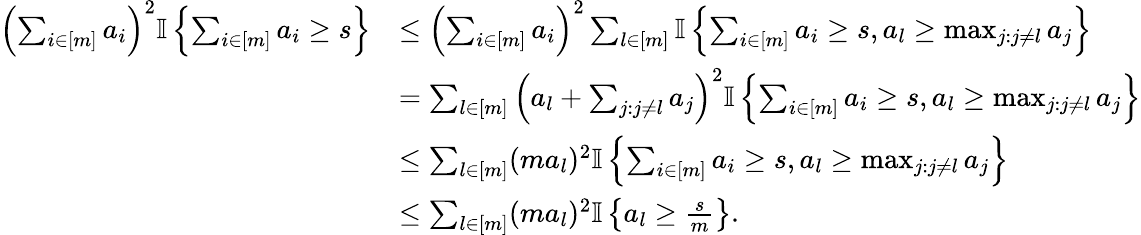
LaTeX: \begin{array}{rl}{\left(\sum_{i\in[m]}a_{i}\right)^{2}{\mathbb{I}\left\{ {\sum_{i\in[m]}a_{i}\geq s}\right\} }}&{\leq\left(\sum_{i\in[m]}a_{i}\right)^{2}\sum_{l\in[m]}{\mathbb{I}\left\{ {\sum_{i\in[m]}a_{i}\geq s,a_{l}\geq\operatorname*{max}_{j:j\neq l}a_{j}}\right\} }}\\ &{=\sum_{l\in[m]}\left(a_{l}+\sum_{j:j\neq l}a_{j}\right)^{2}{\mathbb{I}\left\{ {\sum_{i\in[m]}a_{i}\geq s,a_{l}\geq\operatorname*{max}_{j:j\neq l}a_{j}}\right\} }}\\ &{\leq\sum_{l\in[m]}(ma_{l})^{2}{\mathbb{I}\left\{ {\sum_{i\in[m]}a_{i}\geq s,a_{l}\geq\operatorname*{max}_{j:j\neq l}a_{j}}\right\} }}\\ &{\leq\sum_{l\in[m]}(ma_{l})^{2}{\mathbb{I}\left\{ {a_{l}\geq\frac{s}{m}}\right\} }.}\end{array}